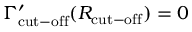
\Gamma _ { \mathrm { c u t - o f f } } ^ { \prime } ( R _ { \mathrm { c u t - o f f } } ) = 0